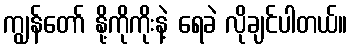
ကျွန်တော် နို့ကိုကိုးနဲ့ ရေခဲ လိုချင်ပါတယ်။